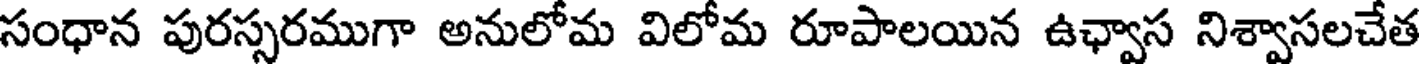
సంధాన పురస్సరముగా అనులోమ విలోమ రూపాలయిన ఉఛ్వాస నిశ్వాసలచేత